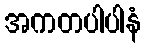
အကတပါပါနံ